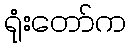
ရုံးတော်က